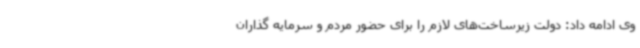
وی ادامه داد: دولت زیرساخت‌های لازم را برای حضور مردم و سرمایه گذاران